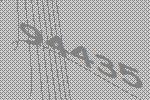
94435